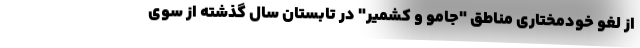
از لغو خودمختاری مناطق "جامو و کشمیر" در تابستان سال گذشته از سوی